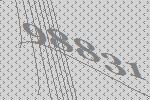
98831